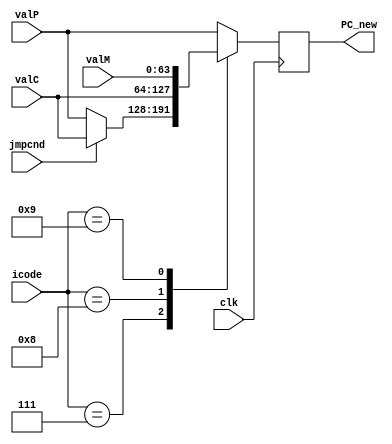
`timescale 1ps/1ps

module PCupdate(clk, icode, valP, valC, valM, jmpcnd, PC_new);

    parameter n = 64;
    input clk;
    input jmpcnd;
    input [3:0] icode;
    input [n-1:0] valP, valC, valM;
    output reg [n-1:0] PC_new;

    always @(posedge clk)
    begin
        case(icode)

            7: begin // jXX
                if (jmpcnd == 1)
                begin
                    PC_new = valC;
                end
                else
                begin
                    PC_new = valP;
                end
            end

            8: begin // call
                PC_new = valC;
            end

            9: begin // ret
                PC_new = valM;
            end

            default: begin // all others
                PC_new = valP;
            end

        endcase
    end

endmodule